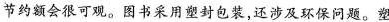
节约额会很可观。图书采用塑封包装，还涉及环保问题。塑